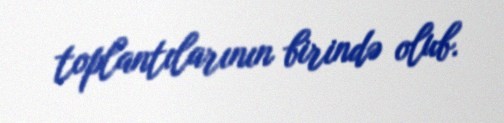
toplantılarının birində olub.